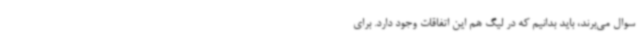
سوال می‌برند، باید بدانیم که در لیگ هم این اتفاقات وجود دارد. برای